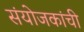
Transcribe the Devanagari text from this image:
संयोजकांची